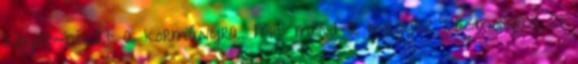
kígyót-békát a kormányra. Mit mond a magyar közmondás, ki